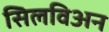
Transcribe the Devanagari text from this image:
सिलविअन